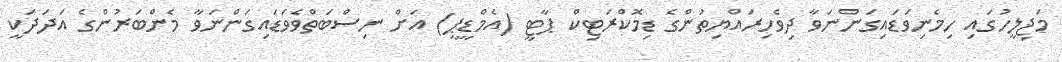
މަޖިލީހުގައި ހިމެނިވަޑައިގަންނަވާ ދިވެހިރައްޔިތުންގެ ޑިމޮކްރަޓިކް ޕާޓީ (އެމްޑީޕީ) އަށް ނިސްބަތްވެވަޑައިގަންނަވާ މެންބަރުންގެ އަދަދަކީ